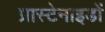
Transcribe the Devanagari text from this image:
प्रास्टेनाइडों